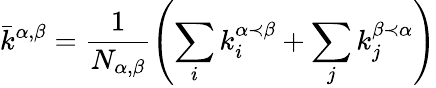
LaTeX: \displaystyle\bar{k}^{\alpha,\beta}=\frac{1}{N_{\alpha,\beta}}\left(\sum_{i}{k_{i}^{\alpha\prec\beta}}+\sum_{j}{k_{j}^{\beta\prec\alpha}}\right)